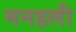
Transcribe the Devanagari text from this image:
मनहली